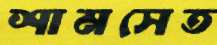
শামসেত